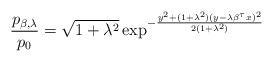
LaTeX: \begin{align*}\frac{p_{\beta,\lambda}}{p_{0}}=\sqrt{1+\lambda^{2}}\exp^{-\frac{y^{2}+(1+\lambda^{2})(y-\lambda\beta^{\tau}x)^{2}}{2(1+\lambda^{2})}}\end{align*}